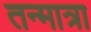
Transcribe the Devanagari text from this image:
तन्मात्रा